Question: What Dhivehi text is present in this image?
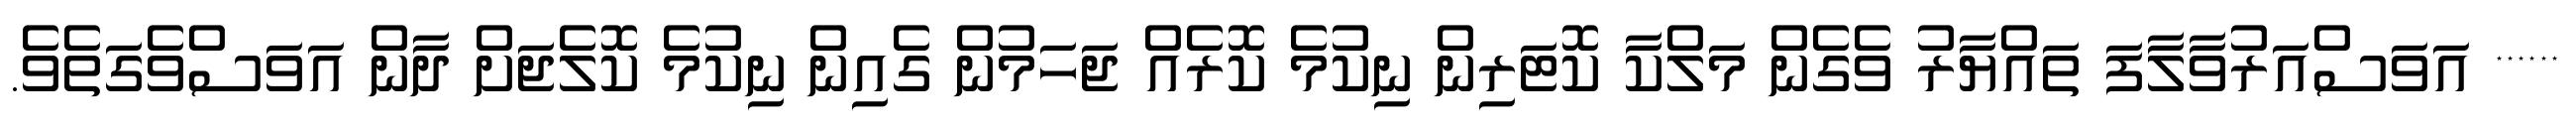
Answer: ****** އަވަސްއަރުވާލާފަ ތައްޔާރު ވެގެން މަލްކާ ކޮޓަރިން ނިކުމެ ކޮރެއް ޖަހަމުން ގެއިން ނިކުމެ ކޮލެޖަށް ދާން އަވަސްވެގަތެވެ.